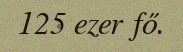
125 ezer fő.